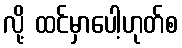
လို့ ထင်မှာပေါ့ဟုတ်စ